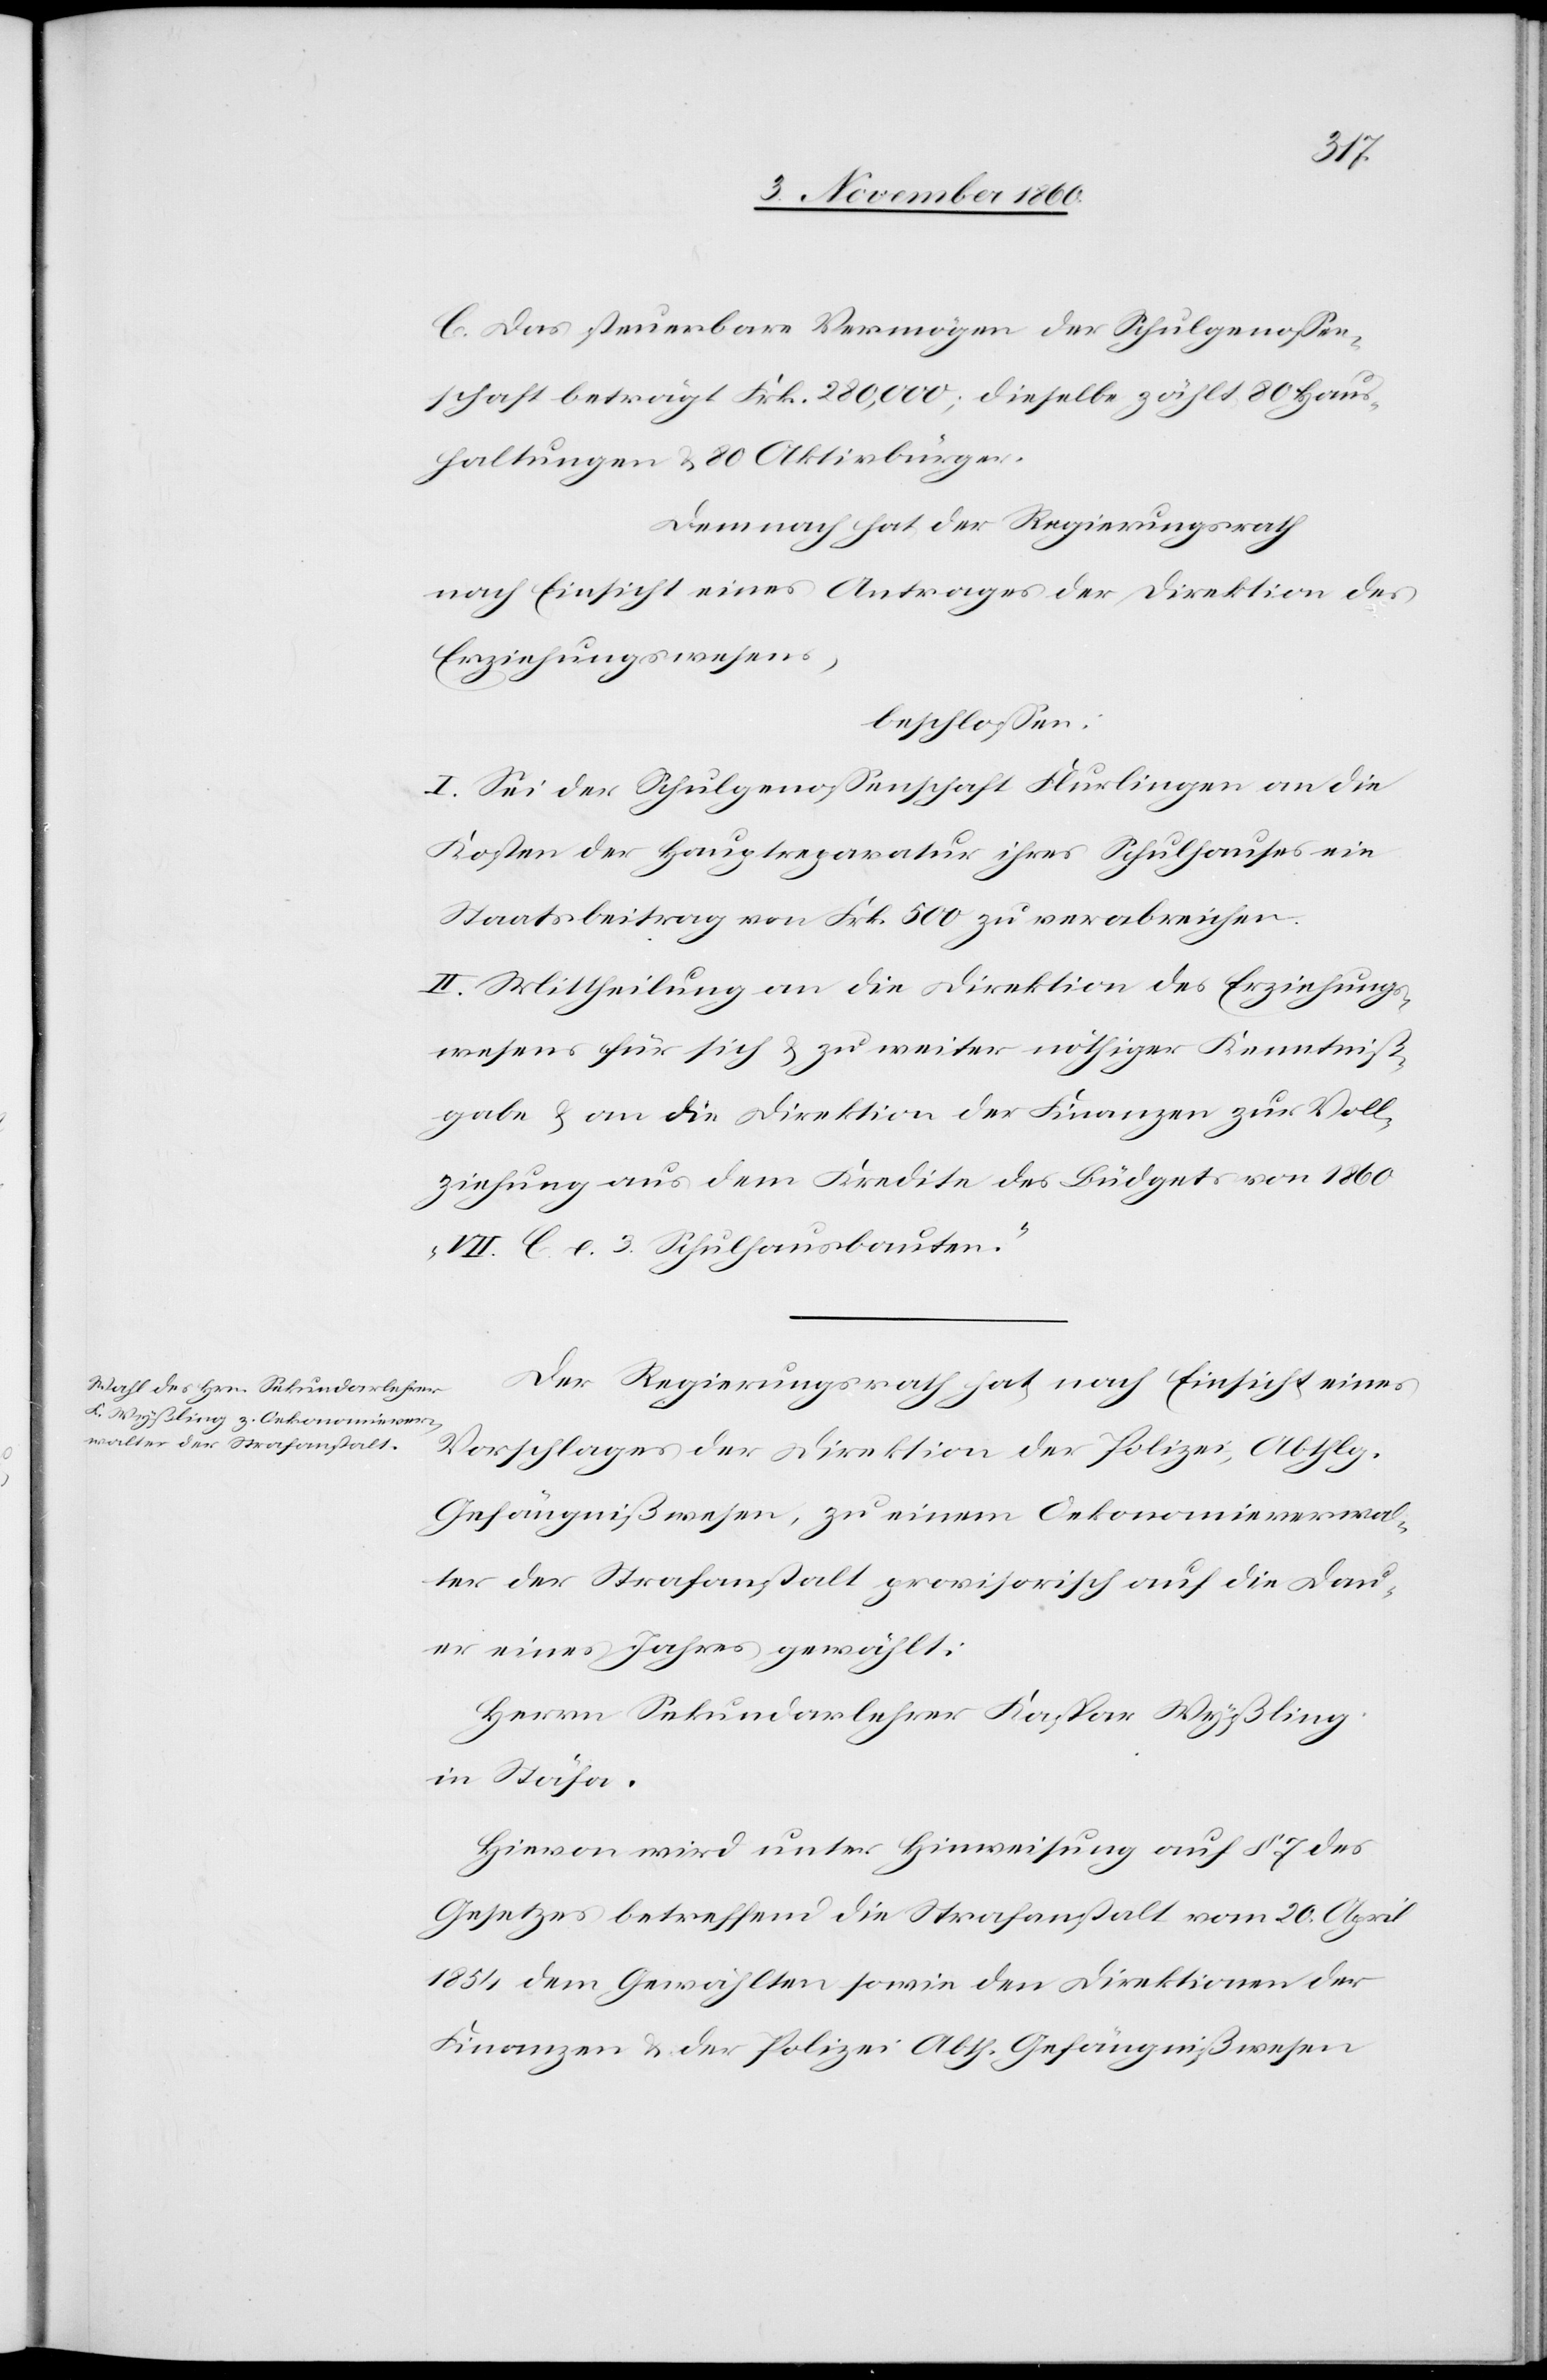
C. Das steuerbare Vermögen der Schulgenossen¬
schaft beträgt Frk. 280,000; dieselbe zählt 80 Haus¬
haltungen u. 80 Aktivbürger.
Demnach hat der Regierungsrath
nach Einsicht eines Antrages der Direktion des
Erziehungswesens,
beschlossen:
I. Sei der Schulgenossenschaft Flurlingen an die
Kosten der Hauptreparatur ihres Schulhauses ein
Staatsbeitrag an Frk. 500 zu verabreichen.
II. Mittheilung an die Direktion des Erziehungs¬
wesens für sich u. zu weiter nöthiger Kenntniß¬
gabe u. an die Direktion der Finanzen zur Voll¬
ziehung aus dem Kredite des Büdgets von 1860
„VII. C. e. 3. Schulhausbauten.“
Der Regierungsrath hat nach Einsicht eines
Vorschlages der Direktion der Polizei, Abthlg.
Gefängnißwesen, zu einem Oekonomieverwal¬
ter der Strafanstalt provisorisch auf die Dau¬
er eines Jahres gewählt:
Herrn Sekundarlehrer Kaspar Wyßling
in Stäfa.
Hievon wird unter Hinweisung auf § 7 des
Gesetzes betreffend die Strafanstalt vom 20. April
1854 dem Gewählten sowie den Direktionen der
Finanzen u. der Polizei Abth. Gefängnißwesen